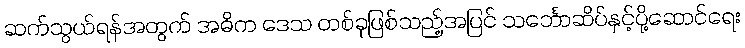
ဆက်သွယ်ရန်အတွက် အဓိက ဒေသ တစ်ခုဖြစ်သည့်အပြင် သင်္ဘောဆိပ်နှင့်ပို့ဆောင်ရေး